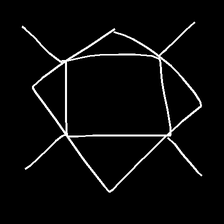
Glyph: light